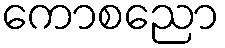
ကောစညော